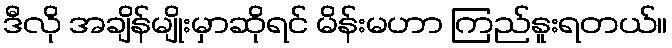
ဒီလို အချိန်မျိုးမှာဆိုရင် မိန်းမဟာ ကြည်နူးရတယ်။